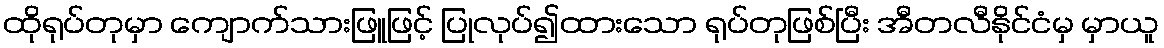
ထိုရုပ်တုမှာ ကျောက်သားဖြူဖြင့် ပြုလုပ်၍ထားသော ရုပ်တုဖြစ်ပြီး အီတလီနိုင်ငံမှ မှာယူ